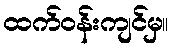
ထက်ဝန်းကျင်မှ။